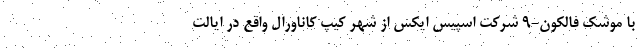
با موشک فالکون-9 شرکت اسپیس ایکس از شهر کیپ کاناورال واقع در ایالت